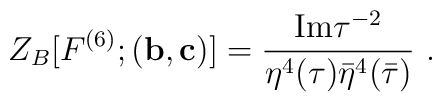
Z_{B}[F^{(6)};({\bf b},{\bf c})]= \frac{{\rm Im}\tau^{-2}}{\eta ^{4}(\tau)\bar{\eta}^{4}(\bar{\tau})}\ .